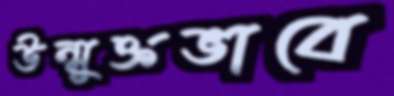
উন্মুক্তভাবে